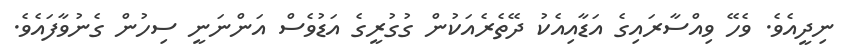
ނިދީއެވެ. ވެހޭ ވިއްސާރައިގެ އަޑާއިއެކު ދޭތެރެއަކުން ގުގުރީގެ އަޑުވެސް އަންނަނީ ސިހުން ގެނުވާފައެވެ.